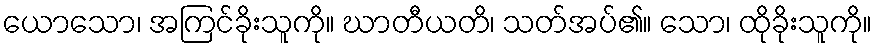
ယောသော၊ အကြင်ခိုးသူကို။ ဃာတီယတိ၊ သတ်အပ်၏။ သော၊ ထိုခိုးသူကို။